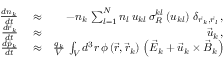
\begin{array} { r l r } { \frac { d n _ { k } } { d t } } & { { } \approx } & { - n _ { k } \, \sum _ { l = 1 } ^ { N } n _ { l } \, u _ { k l } \, \sigma _ { R } ^ { k l } \left( u _ { k l } \right) \, \delta _ { \vec { r } _ { k } , \vec { r } _ { l } } \, , } \\ { \frac { d \vec { r } _ { k } } { d t } } & { { } \approx } & { \vec { u } _ { k } \, , } \\ { \frac { d \vec { p } _ { k } } { d t } } & { { } \approx } & { \frac { q _ { k } } { V } \, \int _ { V } d ^ { 3 } r \, \phi \left( \vec { r } , \vec { r } _ { k } \right) \, \left( \vec { E } _ { k } + \vec { u } _ { k } \times \vec { B } _ { k } \right) } \end{array}